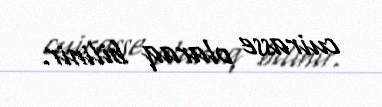
cuirasse olaraq bilinir.